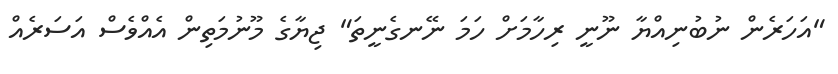
"އަހަރެން ނުބުނިއްޔާ ނޫނީ ރިހާމަށް ހަމަ ނޭނގެނީތަ" ޖިޔާގެ މޫނުމަތިން އެއްވެސް އަސަރެއް